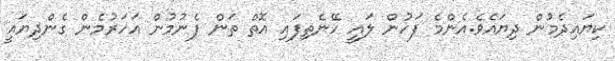
ކިޔައިދެމުން ދިޔައެވެ.އެންމެ ފަހުން ލައީ ހޭނެތިފައި އޮތް ތަން ފެނުމުން އަހަރުމެން ގެންދިޔައީ